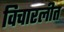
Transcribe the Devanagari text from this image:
विचारलीत